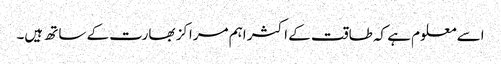
اسے معلوم ہے کہ طاقت کے اکثر اہم مراکز بھارت کے ساتھ ہیں۔